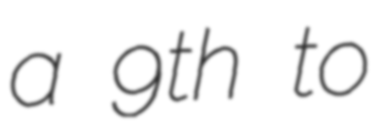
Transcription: a 9th to